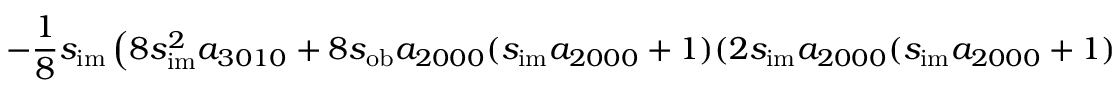
- \frac { 1 } { 8 } s _ { \mathrm { i m } } \left( 8 s _ { \mathrm { i m } } ^ { 2 } a _ { 3 0 1 0 } + 8 s _ { \mathrm { o b } } a _ { 2 0 0 0 } ( s _ { \mathrm { i m } } a _ { 2 0 0 0 } + 1 ) ( 2 s _ { \mathrm { i m } } a _ { 2 0 0 0 } ( s _ { \mathrm { i m } } a _ { 2 0 0 0 } + 1 ) + 1 ) - 8 s _ { \mathrm { i m } } a _ { 2 0 2 0 } + 1 \right) + s _ { \mathrm { i m } } ^ { 4 } a _ { 4 0 0 0 } - \frac { s _ { \mathrm { o b } } } { 8 }